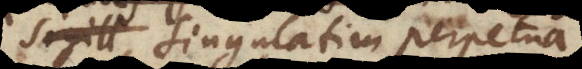
merita singulatim perpetua